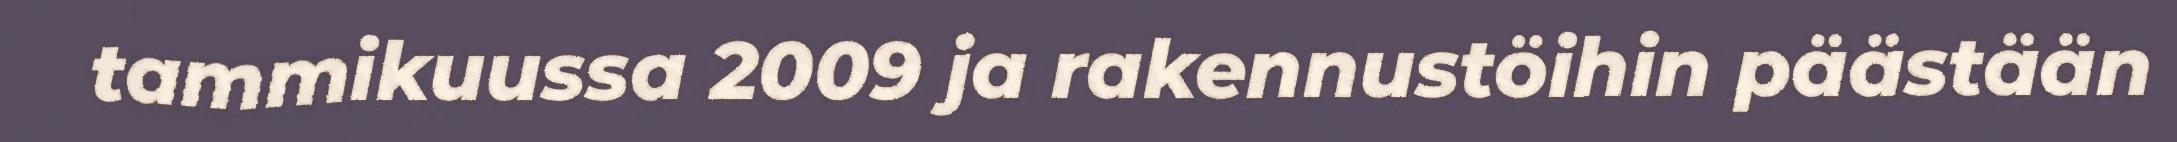
tammikuussa 2009 ja rakennustöihin päästään